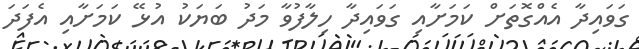
ގަވައިދާ އެއްގޮތަށް ކަމަށާއި ގަވައިދާ ހިލާފުވާ މަދު ބަޔަކު އުޅޭ ކަމަށާއި އެފަދަ